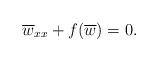
LaTeX: \begin{align*} \overline{w}_{xx}+f(\overline{w})=0. \end{align*}